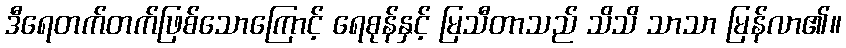
ဒီရေတက်တက်ဖြစ်သောကြောင့် ရေစုန်နှင့် မြသီတာသည် သိသိ သာသာ မြန်လာ၏။